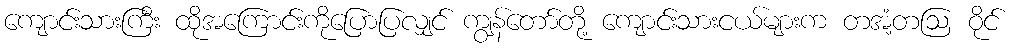
ကျောင်းသားကြီး ထိုအကြောင်းကိုပြောပြလျှင် ကျွန်တော်တို့ ကျောင်းသားငယ်များက တအံ့တဩ ဝိုင်